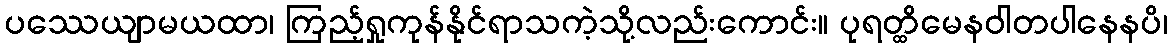
ပဿေယျာမယထာ၊ ကြည့်ရှုကုန်နိုင်ရာသကဲ့သို့လည်းကောင်း။ ပုရတ္ထိမေနဝါတပါနေနပိ၊